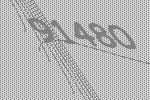
91480